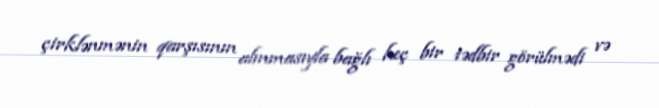
çirklənmənin qarşısının alınmasıyla bağlı heç bir tədbir görülmədi və